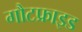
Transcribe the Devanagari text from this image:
गौटफ्राइड